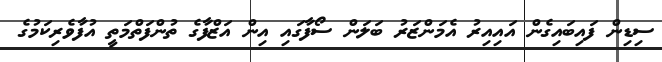
ސިޑިން ފައިބައިގެން އައިއިރު އެމަންޒަރު ބަލަން ސޯފާގައި އިން އަޒްފާގެ ތުންފަތްމަތީ އުފާވެރިކަމުގެ